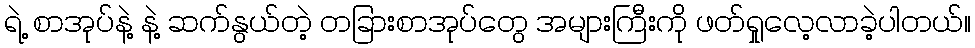
ရဲ့ စာအုပ်နဲ့ နဲ့ ဆက်နွယ်တဲ့ တခြားစာအုပ်တွေ အများကြီးကို ဖတ်ရှုလေ့လာခဲ့ပါတယ်။